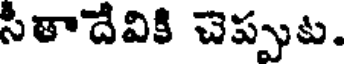
సీతాదేవికి చెప్పుట.